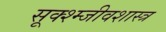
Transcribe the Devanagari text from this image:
सूक्श्म्जीवशास्त्र